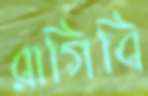
রাগিবি